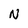
Character: N